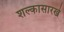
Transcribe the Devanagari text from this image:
शल्कासारखे